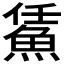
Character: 𩷀